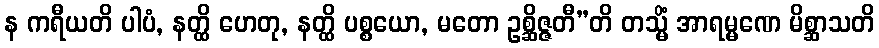
န ကရီယတိ ပါပံ, နတ္ထိ ဟေတု, နတ္ထိ ပစ္စယော, မတော ဥစ္ဆိဇ္ဇတီ”တိ တသ္မိံ အာရမ္မဏေ မိစ္ဆာသတိ